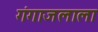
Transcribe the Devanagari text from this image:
गंगाजलाला